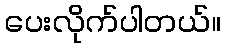
ပေးလိုက်ပါတယ်။